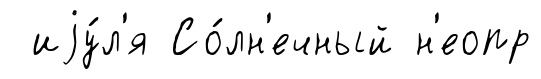
иjу́л'я Со́лн'ечный н'еопр